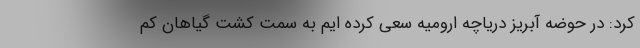
کرد: در حوضه آبریز دریاچه ارومیه سعی کرده ایم به سمت کشت گیاهان کم